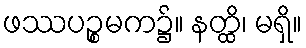
ဖဿပဉ္စမက၌။ နတ္ထိ၊ မရှိ။